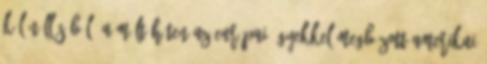
különállásából. A múlt héten az európai ügyekkel megbízott amerikai